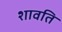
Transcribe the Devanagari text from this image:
शावति